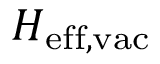
H _ { \mathrm { e f f , v a c } }